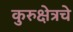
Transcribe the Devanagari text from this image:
कुरुक्षेत्रचे